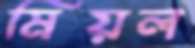
মিয়ল